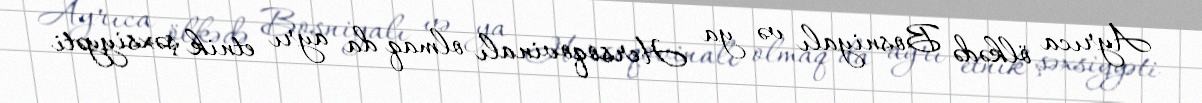
Ayrıca ölkədə Bosniyalı və ya Hersoqovinalı olmaq da ayrı etnik şəxsiyyəti